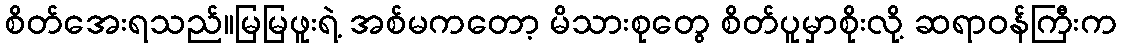
စိတ်အေးရသည်။မြမြဖူးရဲ့ အစ်မကတော့ မိသားစုတွေ စိတ်ပူမှာစိုးလို့ ဆရာဝန်ကြီးက